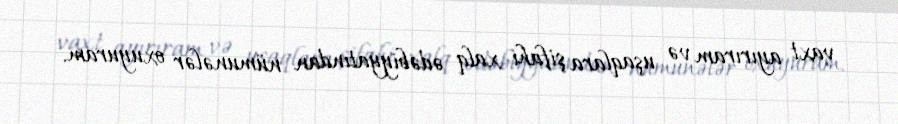
vaxt ayırıram və uşaqlara şifahi xalq ədəbiyyatından nümunələr oxuyuram.